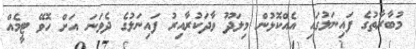
މުބާރާތުގެ ފައިނަލުގައި އެއްކޮޅުން މިލަދޫ ވާދަކުރާއިރު ފައިނަލުގެ ދެވަނަ އަށް ހޮވޭ ޓީމެއް